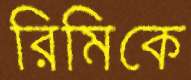
রিমিকে